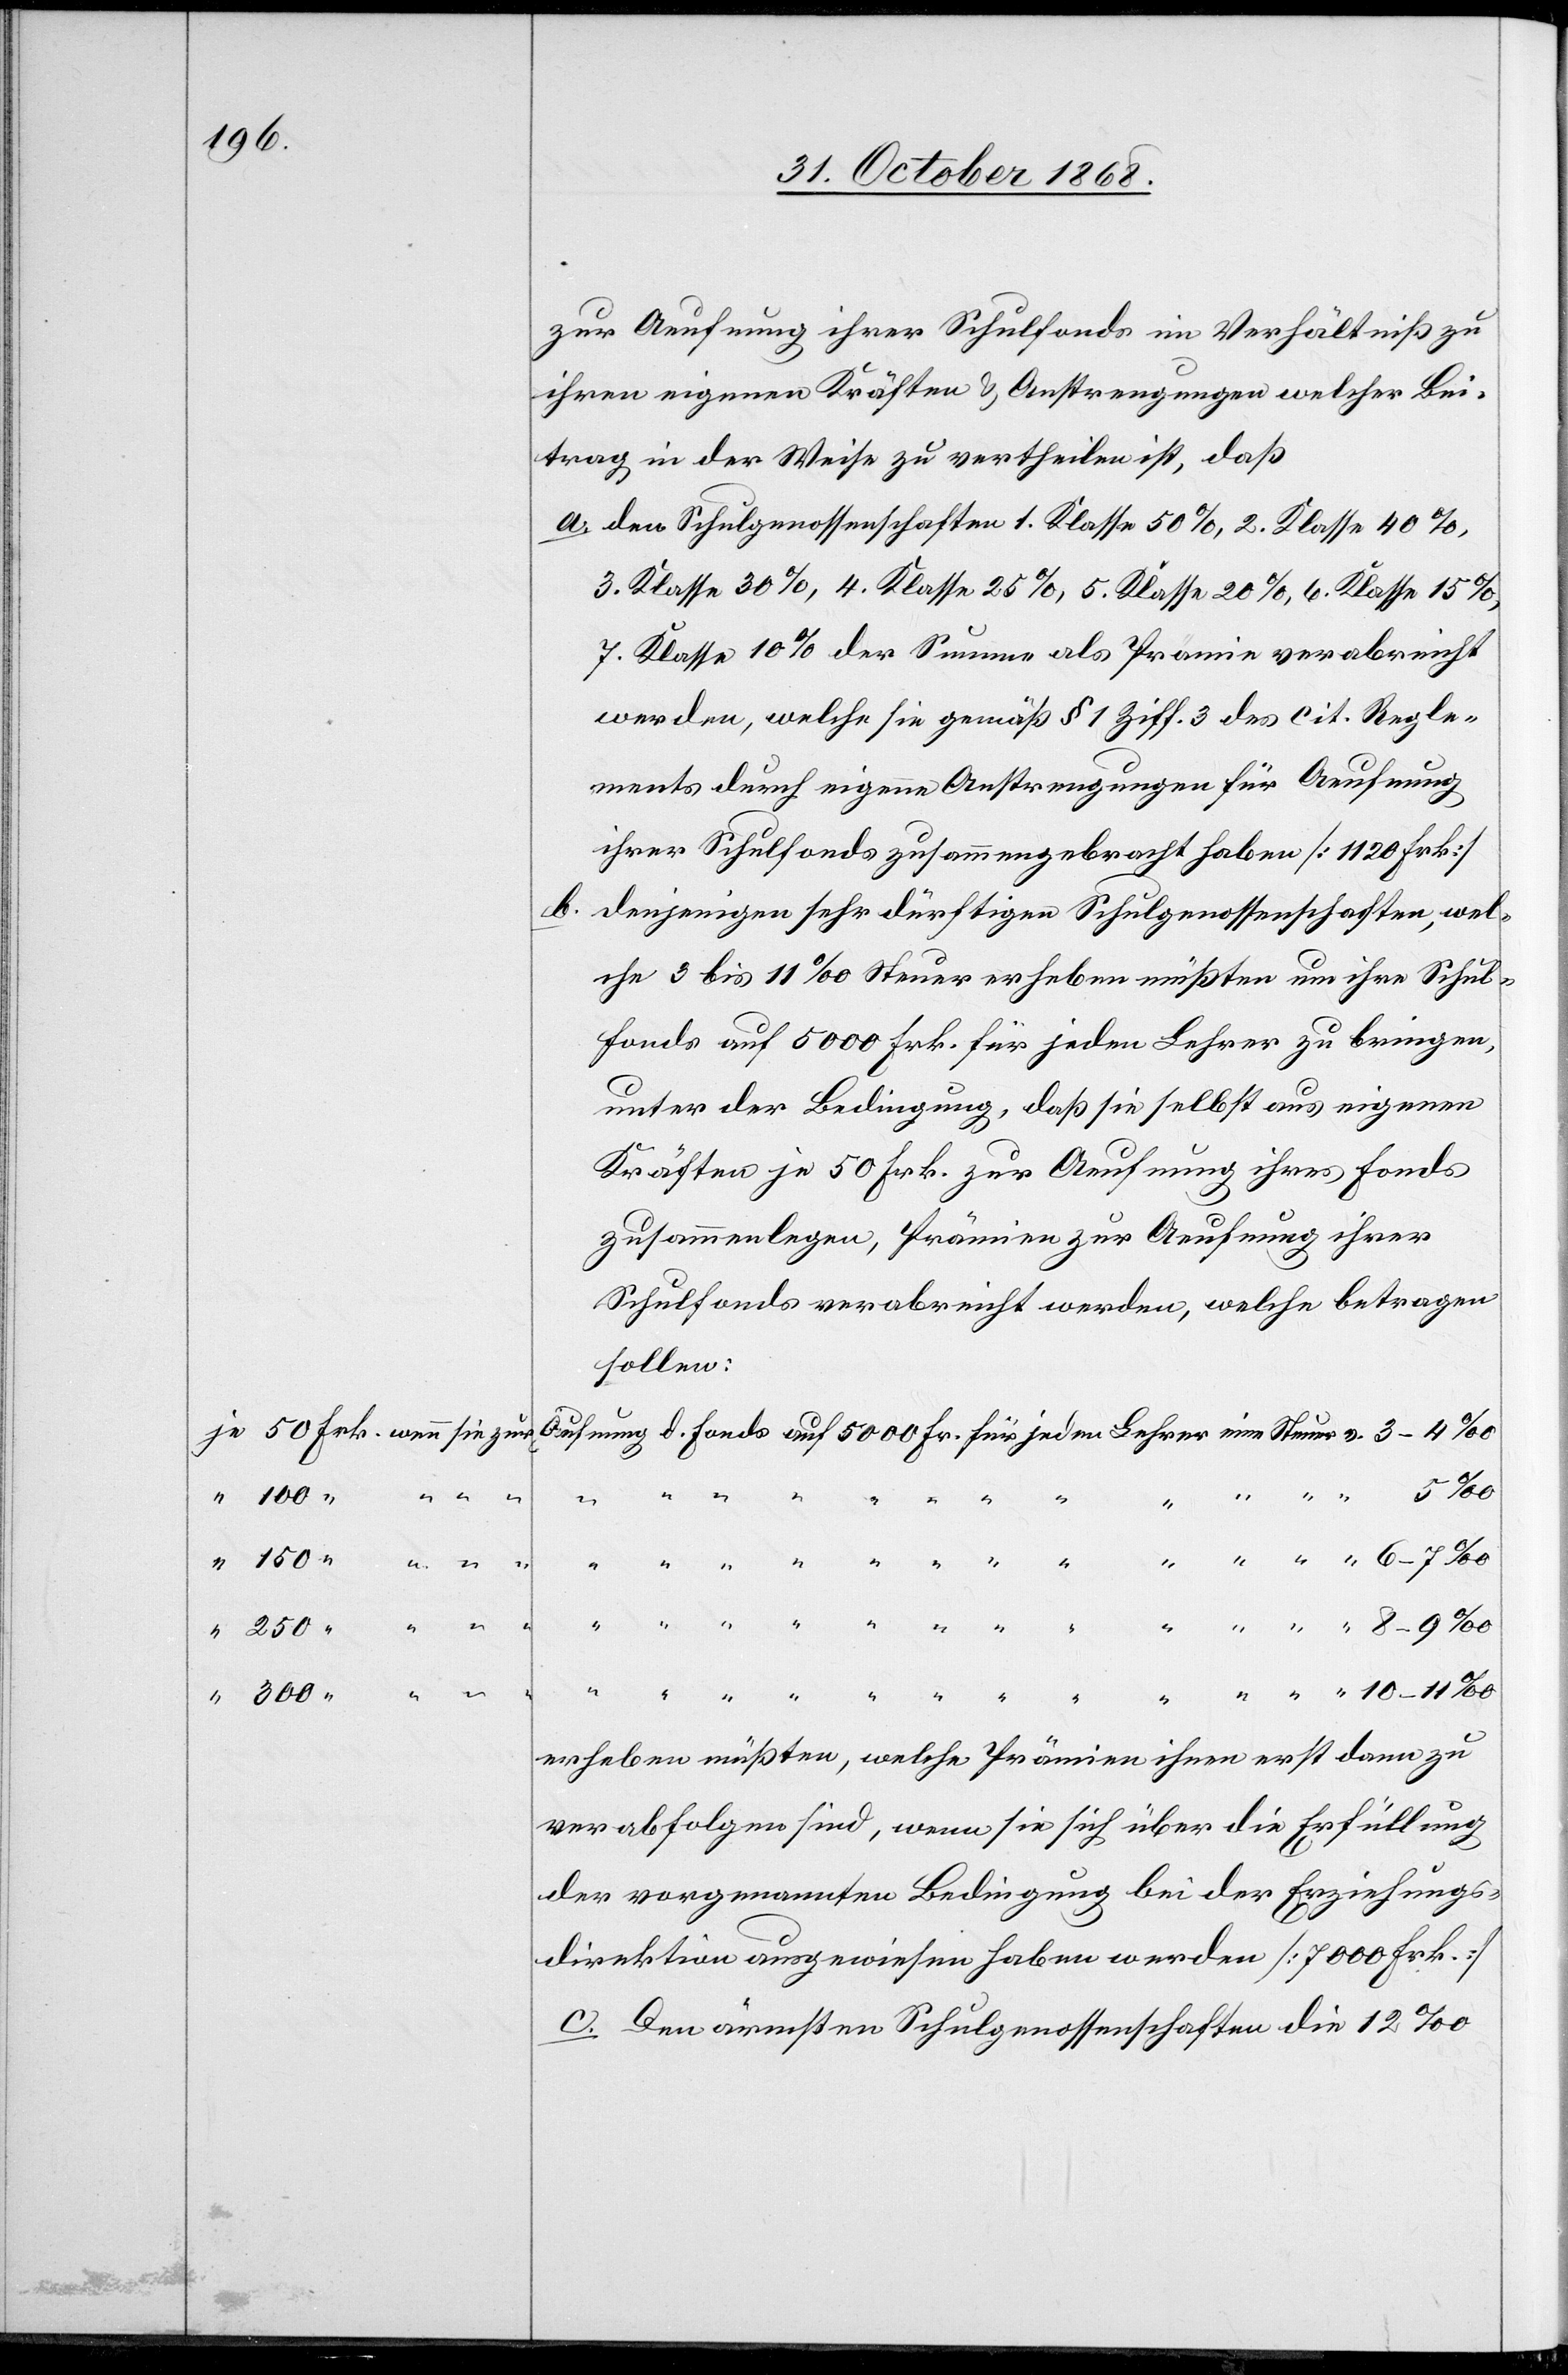
zur Aeufnung ihrer Schulfonds im Verhältniß zu
ihren eigenen Kräften & Anstrengungen welcher Bei¬
trag in der Weise zu vertheilen ist, daß
den Schulgenossenschaften 1. Klasse 50%, 2. Klasse 40%,
3. Klasse 30%, 4. Klasse 25%, 5. Klasse 20%, 6. Klasse 15%,
7. Klasse 10% der Summe als Prämie verabreicht
werden, welche sie gemäß § 1 Ziff. 3 des cit. Regle¬
ihrer Schulfonds zusammengebracht haben [1120 Frk.]
denjenigen sehr dürftigen Schulgenossenschaften, wel¬
che 3 bis 11‰ Steuer erheben müßten um ihre Schul¬
fonds auf 5000 Frk. für jeden Lehrer zu bringen,
unter der Bedingung, daß sie selbst aus eigenen
Kräften je 50 Frk. zur Aeufnung ihres Fonds
zusammenlegen, Prämien zur Aeufnung ihrer
Schulfonds verabreicht werden, welche betragen
sollen:
Äufnung d. Fonds auf 5000 Fr. für jeden Lehrer eine Steuer v.
“ “ “ “ “ “ “ “ “ “ “ “ “ “
wenn sie zur
erheben müßten, welche Prämien ihren erst dann zu
verabfolgen sind, wenn sie sich über die Erfüllung
der vorgenannten Bedingung bei der Erziehungs¬
direktion ausgewiesen haben werden [7000 Frk.]
Den ärmsten Schulgenossenschaften die 12‰